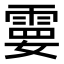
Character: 𩃩